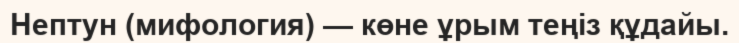
Нептун (мифология) — көне ұрым теңіз құдайы.